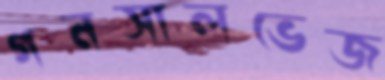
গনসালভেজ